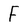
Character: F